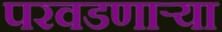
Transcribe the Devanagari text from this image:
परवडणाऱ्या